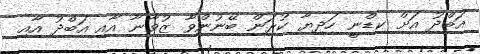
އަބްދު އަށް ކިޑްނީ ހަދިޔާ ކުރަން ބޭނުންވާ ޒުވާނާ އާއި އަބްދު އާއި